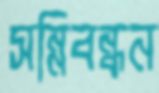
সন্নিবন্ধন